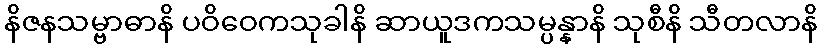
နိဇနသမ္ဗာဓာနိ ပဝိဝေကသုခါနိ ဆာယူဒကသမ္ပန္နာနိ သုစီနိ သီတလာနိ